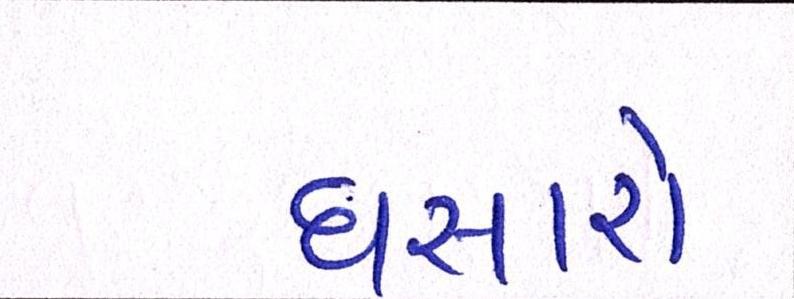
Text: ધસારો